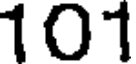
101